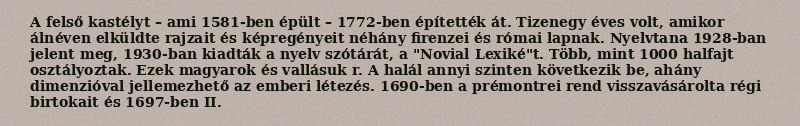
A felső kastélyt – ami 1581-ben épült – 1772-ben építették át. Tizenegy éves volt, amikor álnéven elküldte rajzait és képregényeit néhány firenzei és római lapnak. Nyelvtana 1928-ban jelent meg, 1930-ban kiadták a nyelv szótárát, a "Novial Lexiké"t. Több, mint 1000 halfajt osztályoztak. Ezek magyarok és vallásuk r. A halál annyi szinten következik be, ahány dimenzióval jellemezhető az emberi létezés. 1690-ben a prémontrei rend visszavásárolta régi birtokait és 1697-ben II.